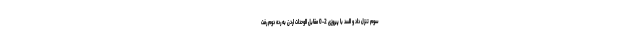
سوم تنزل داد و السد با پیروزی 2-0 مقابل الوحدات اردن به رده دوم رفت